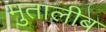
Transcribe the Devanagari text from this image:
मुतालीब